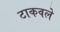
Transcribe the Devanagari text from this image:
टाकवले